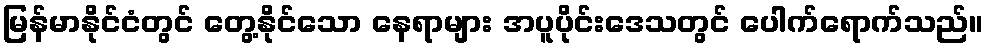
မြန်မာနိုင်ငံတွင် တွေ့နိုင်သော နေရာများ အပူပိုင်းဒေသတွင် ပေါက်ရောက်သည်။